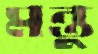
মন্তু